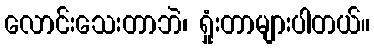
လောင်းသေးတာဘဲ၊ ရှုံးတာများပါတယ်။